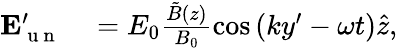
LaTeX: \begin{array}{rl}{\mathbf{E}_{\mathrm{~u~n~}}^{\prime}}&{{}=E_{0}\frac{\tilde{B}(z)}{B_{0}}\cos\left(ky^{\prime}-\omega t\right)\hat{z},}\end{array}